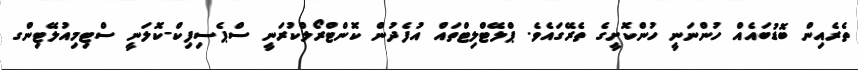
ތެރެއިން ބޮޑުބައެއް ހުންނަނީ ހުންކޮށީގެ ތެރޭގައެވެ. ޕްލޭޓްލިޓްތައް އުފެދުން ކޮންޓްރޯލްކުރަނީ ސްޕެސިފިކް-ކޮލަނީ ސްޓިމިއުލޭޓިންގ